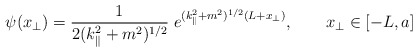
\begin{align*}\psi(x_{\bot})=\frac{1}{2 (k_{\|}^2+m^2)^{1/2} } \; e^{(k_{\|}^2+m^2)^{1/2} (L+x_{\bot})}, \qquad x_{\bot} \in [-L,a]\end{align*}